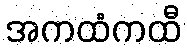
အကထံကထီ